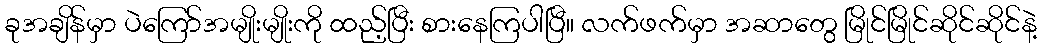
ခုအချိန်မှာ ပဲကြော်အမျိုးမျိုးကို ထည့်ပြီး စားနေကြပါပြီ။ လက်ဖက်မှာ အဆာတွေ မြိုင်မြိုင်ဆိုင်ဆိုင်နဲ့